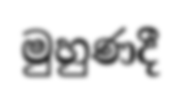
මුහුණදී